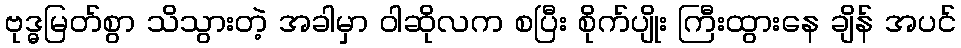
ဗုဒ္ဓမြတ်စွာ သိသွားတဲ့ အခါမှာ ဝါဆိုလက စပြီး စိုက်ပျိုး ကြီးထွားနေ ချိန် အပင်